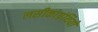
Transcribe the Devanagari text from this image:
लसीकाग्रंथियों